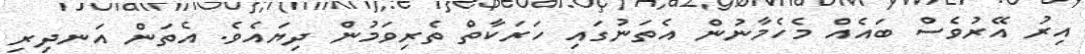
އިރު އޭރުވެސް ބައެއް މެހެމާނުން އެތަނުގައި ހަރަކާތް ތެރިވަމުން ދިޔައެވެ. އެތަން އަނދިރި